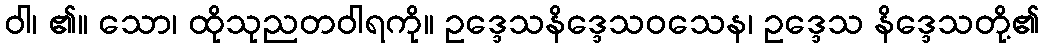
ဝါ၊ ၏။ သော၊ ထိုသုညတဝါရကို။ ဥဒ္ဒေသနိဒ္ဒေသဝသေန၊ ဥဒ္ဒေသ နိဒ္ဒေသတို့၏